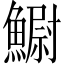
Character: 䲁